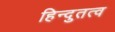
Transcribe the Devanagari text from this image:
हिन्दुतत्व